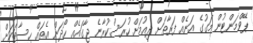
ޕޭވްމަންޓުން މަގުގެ އަނެއް ފަރާތަށް ދިއުމަށް ހުރަސްކުރާނެ ޖާގައެއް ހޯދަން އެތައް ހިސާބަކަށް